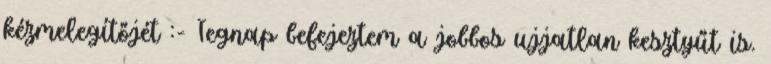
kézmelegítőjét :- Tegnap befejeztem a jobbos ujjatlan kesztyűt is.